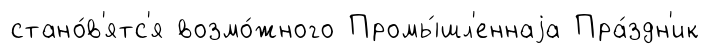
стано́в'ятс'я возмо́жного Промы́шл'еннаjа Пра́здн'ик